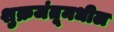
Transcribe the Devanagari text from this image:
शुक्रजंतूमधील